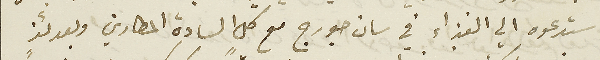
ستدعوه الي الغذاء في سان جورج مع كل السادة المطارين وبعدئذٍ